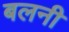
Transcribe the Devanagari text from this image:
बलनी